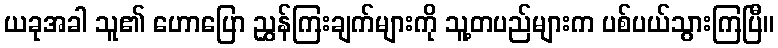
ယခုအခါ သူ၏ ဟောပြော ညွှန်ကြးချက်များကို သူ့တပည်များက ပစ်ပယ်သွားကြပြီ။